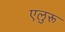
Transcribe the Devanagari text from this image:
एलुरू